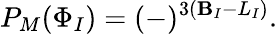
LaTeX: P_{M}(\Phi_{I})=(-)^{3(\mathbf{B}_{I}-L_{I})}.